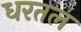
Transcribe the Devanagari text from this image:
धरतल